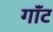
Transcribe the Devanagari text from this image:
गॉंट